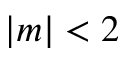
| m | < 2